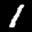
Label: 1